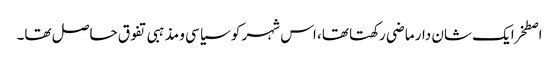
اصطخرایک شان دار ماضی رکھتا تھا، اس شہر کو سیاسی و مذہبی تفوق حاصل تھا۔